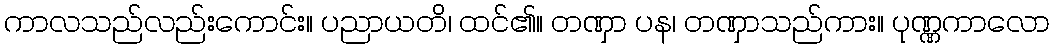
ကာလသည်လည်းကောင်း။ ပညာယတိ၊ ထင်၏။ တဏှာ ပန၊ တဏှာသည်ကား။ ပုဏ္ဏကာလော